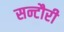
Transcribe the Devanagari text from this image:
सन्टौरी